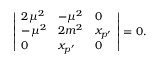
\left| \begin{array} { l l l l l } { { 2 \mu ^ { 2 } } } & { { - \mu ^ { 2 } } } & { { 0 } } \\ { { - \mu ^ { 2 } } } & { { 2 m ^ { 2 } } } & { { x _ { p ^ { \prime } } } } \\ { { 0 } } & { { x _ { p ^ { \prime } } } } & { { 0 } } \end{array} \right| = 0 .